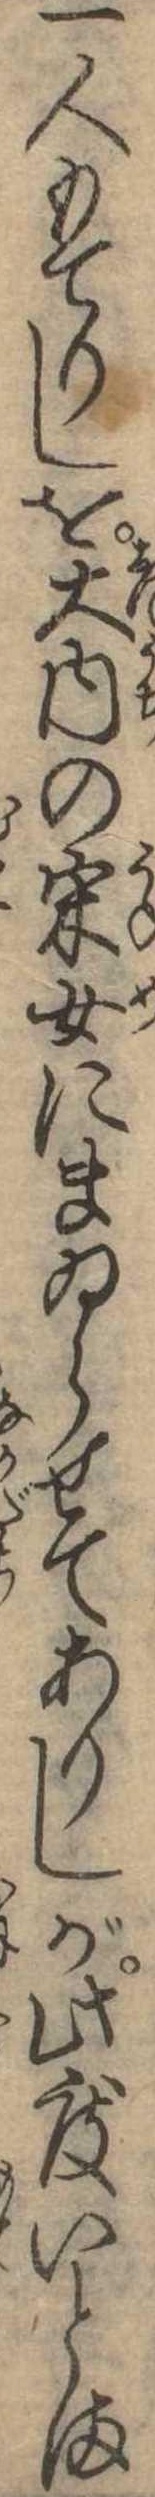
一人もてりしを大内の采女にまゐらせてありしが此度いとま